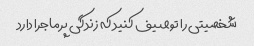
شخصیتی را توصیف کنید که زندگی پرماجرا دارد